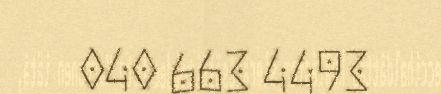
040 663 4493